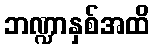
ဘဏ္ဍာနှစ်အထိ